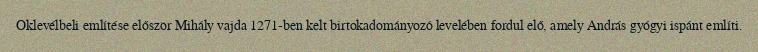
Oklevélbeli említése először Mihály vajda 1271-ben kelt birtokadományozó levelében fordul elő, amely András gyógyi ispánt említi.